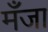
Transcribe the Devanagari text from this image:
मँजा